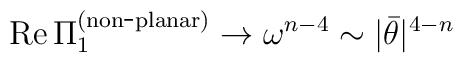
{\rm Re}\,\Pi_{1}^{\rm (non\hbox{-}planar)}\rightarrow \omega^{n-4} \sim|\bar{\theta}|^{4-n}